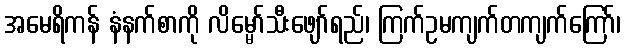
အမေရိကန် နံနက်စာကို လိမ္မော်သီးဖျော်ရည်၊ ကြက်ဥမကျက်တကျက်ကြော်၊